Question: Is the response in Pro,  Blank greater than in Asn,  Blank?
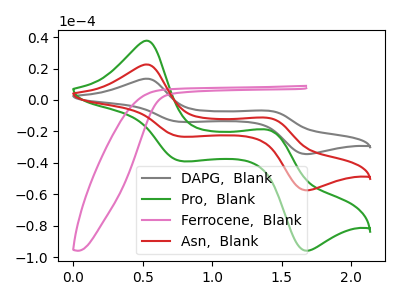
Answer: <think>The gray curve "DAPG,  Blank" has anodic peaks at (0.55V, 45.25uA) (1.40V, -23.10uA) and cathodic peaks at (0.75V, -46.50uA) (1.70V, -115.05uA). The green curve "Pro,  Blank" has anodic peaks at (0.55V, 37.75uA) (1.40V, -19.30uA) and cathodic peaks at (0.75V, -38.80uA) (1.70V, -96.00uA). The pink curve "Ferrocene,  Blank" has no peaks. The red curve "Asn,  Blank" has anodic peaks at (0.55V, 22.60uA) (1.40V, -11.55uA) and cathodic peaks at (0.75V, -23.25uA) (1.70V, -57.55uA).
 All the peaks in "Pro,  Blank" have a peak in "Asn,  Blank" at the same potential.</think>
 <answer>I cant tell if "Pro,  Blank" or "Asn,  Blank" has more signal.</answer>
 <eval>mixed_signal</eval>